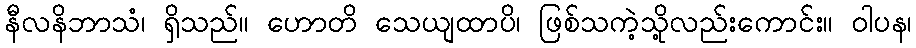
နီလနိဘာသံ၊ ရှိသည်။ ဟောတိ သေယျထာပိ၊ ဖြစ်သကဲ့သို့လည်းကောင်း။ ဝါပန၊